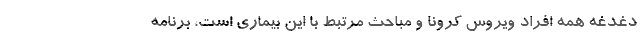
دغدغه همه افراد ویروس کرونا و مباحث مرتبط با این بیماری است، برنامه